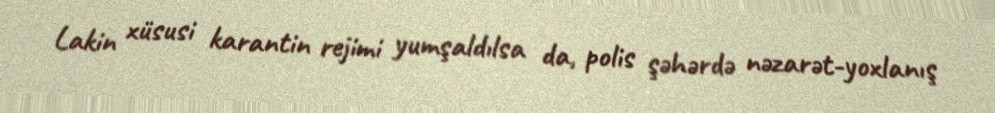
Lakin xüsusi karantin rejimi yumşaldılsa da, polis şəhərdə nəzarət-yoxlanış